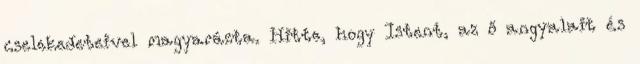
cselekedeteivel magyarázta. Hitte, hogy Istent, az ő angyalait és